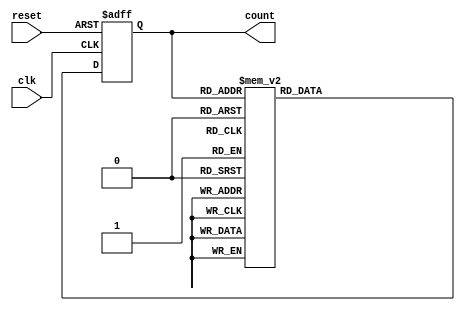
module decade_ring_counter (
    input wire clk,        // Clock input
    input wire reset,      // Asynchronous reset
    output reg [3:0] count // 4-bit output representing the current state
);

// State transition logic
always @(posedge clk or posedge reset) begin
    if (reset) begin
        count <= 4'b0000; // Initialize to state 0 on reset
    end else begin
        case (count)
            4'b0000: count <= 4'b0001; // State 0 to State 1
            4'b0001: count <= 4'b0010; // State 1 to State 2
            4'b0010: count <= 4'b0011; // State 2 to State 3
            4'b0011: count <= 4'b0100; // State 3 to State 4
            4'b0100: count <= 4'b0101; // State 4 to State 5
            4'b0101: count <= 4'b0110; // State 5 to State 6
            4'b0110: count <= 4'b0111; // State 6 to State 7
            4'b0111: count <= 4'b1000; // State 7 to State 8
            4'b1000: count <= 4'b1001; // State 8 to State 9
            4'b1001: count <= 4'b0000; // State 9 back to State 0
            default: count <= 4'b0000; // Default case to reset
        endcase
    end
end

endmodule